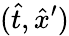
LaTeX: (\hat{t},\hat{x}^{\prime})